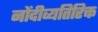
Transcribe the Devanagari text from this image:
नोंदीव्यतिरिक्त